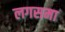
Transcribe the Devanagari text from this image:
लगसमा